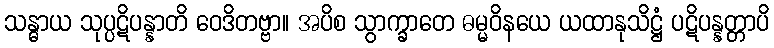
သန္ဓာယ သုပ္ပဋိပန္နာတိ ဝေဒိတဗ္ဗာ။ အပိစ သွာက္ခာတေ ဓမ္မဝိနယေ ယထာနုသိဋ္ဌံ ပဋိပန္နတ္တာပိ